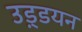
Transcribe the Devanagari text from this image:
उड़्डयन